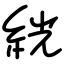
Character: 絖